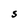
Character: S